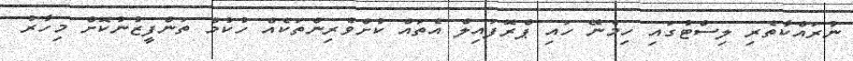
ނުރައްކާތެރި ލިސްޓުގައި ހިމެނޭ ހައި ޕްރޮފައިލް އެތައް ކުށްވެރިންތަކެއް ހުކުމް ތަންފީޒުނުކޮށް މިހާރު